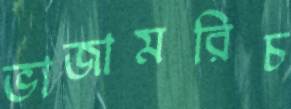
ভাজামরিচ